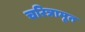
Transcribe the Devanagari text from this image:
चरित्रामृत